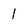
Character: l